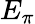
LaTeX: E_{\pi}